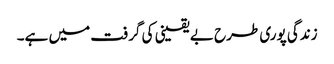
زندگی پوری طرح بے یقینی کی گرفت میں ہے۔